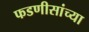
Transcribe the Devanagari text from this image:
फडणीसांच्या